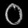
Digit: ၀